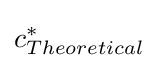
c_{Theoretical}^{*}